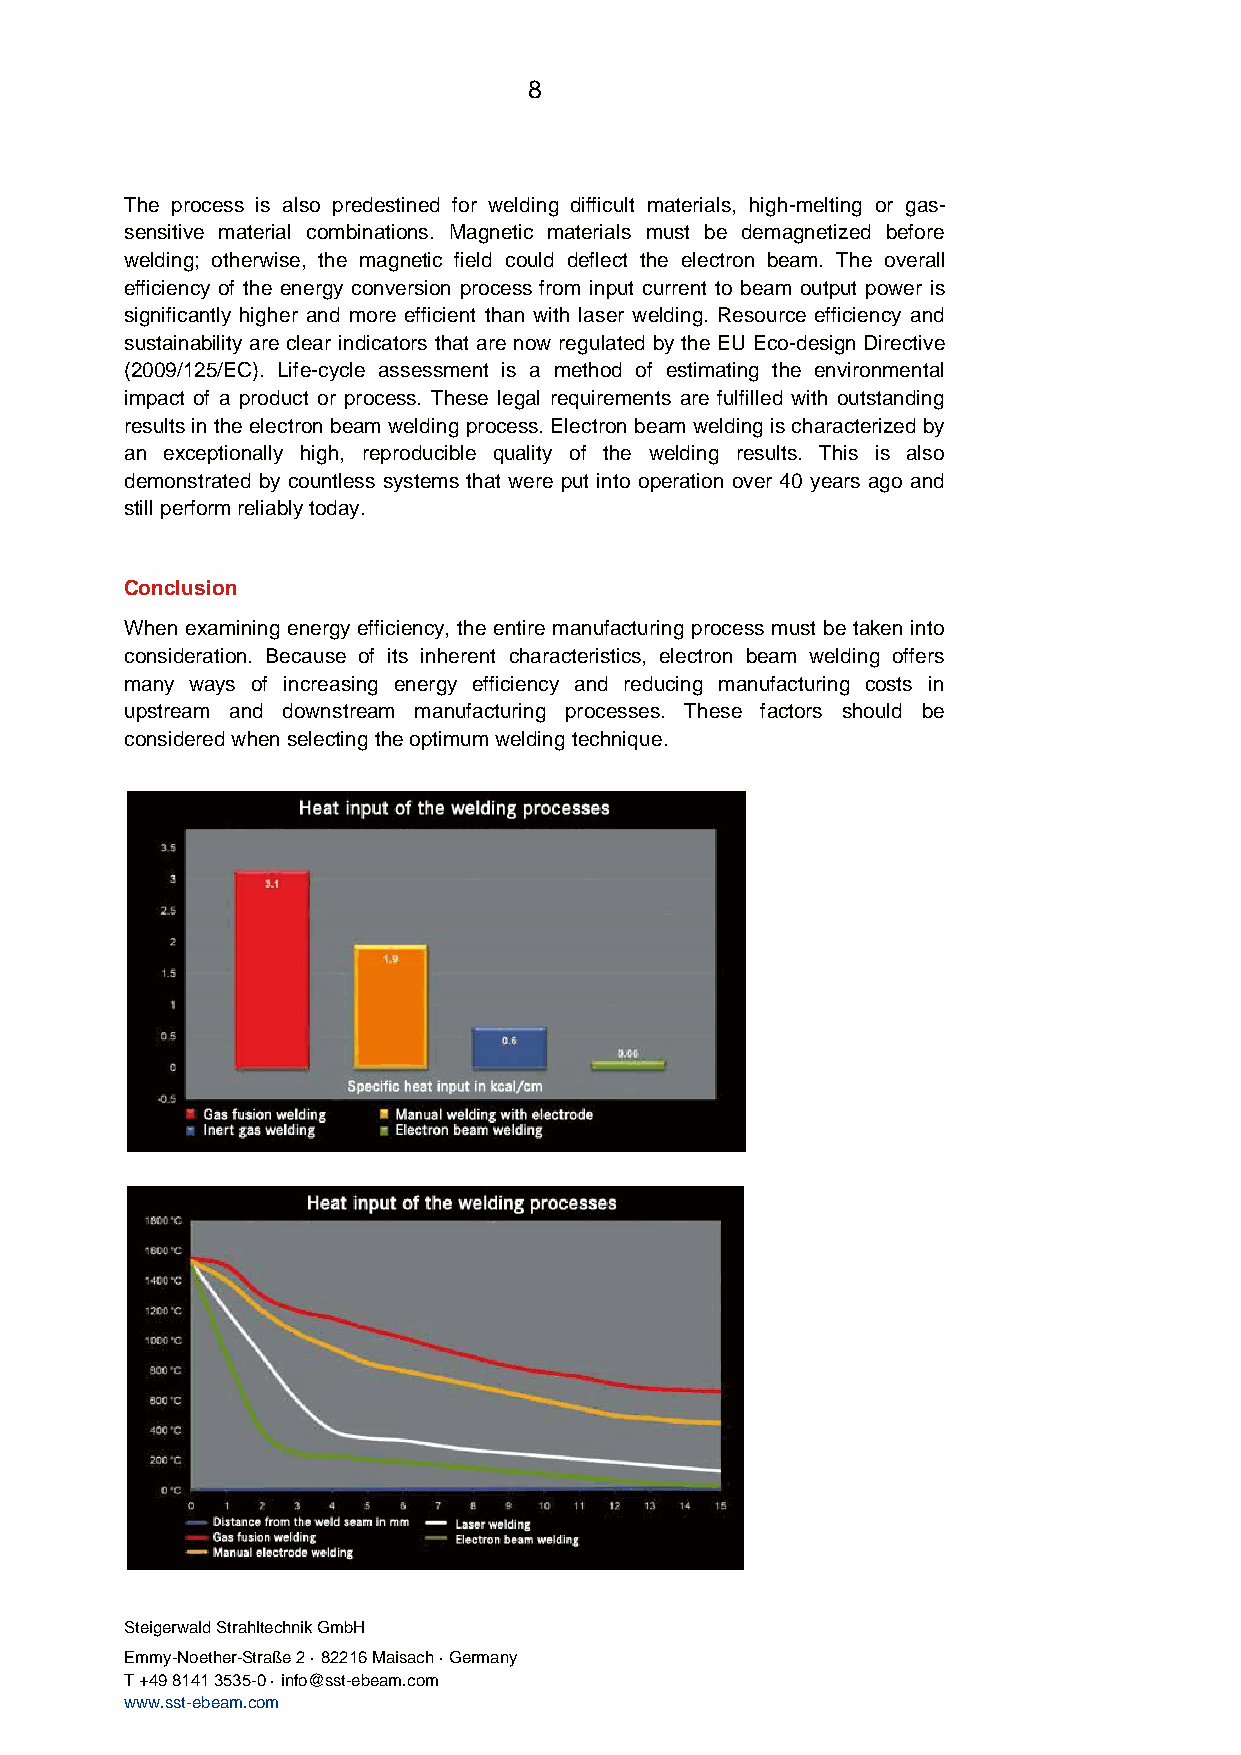
8
 The process is also predestined for welding difficult materials, high-melting or gas-
 sensitive material combinations. Magnetic materials must be demagnetized before
 welding; otherwise, the magnetic field could deflect the electron beam. The overall
 efficiency of the energy conversion process from input current to beam output power is
 significantly higher and more efficient than with laser welding. Resource efficiency and
 sustainability are clear indicators that are now regulated by the EU Eco-design Directive
 (2009/125/EC). Life-cycle assessment is a method of estimating the environmental
 impact of a product or process. These legal requirements are fulfilled with outstanding
 results in the electron beam welding process. Electron beam welding is characterized by
 an exceptionally high, reproducible quality of the welding results. This is also
 demonstrated by countless systems that were put into operation over 40 years ago and
 still perform reliably today.
 Conclusion
 When examining energy efficiency, the entire manufacturing process must be taken into
 consideration. Because of its inherent characteristics, electron beam welding offers
 many ways of increasing energy efficiency and reducing manufacturing costs in
 upstream and downstream manufacturing processes. These factors should be
 considered when selecting the optimum welding technique.
 Steigerwald Strahltechnik GmbH
 Emmy-Noether-Straße 2 · 82216 Maisach · Germany
 T +49 8141 3535-0 · info@sst-ebeam.com
 www.sst-ebeam.com